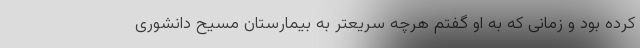
کرده بود و زمانی که به او گفتم هرچه سریعتر به بیمارستان مسیح دانشوری